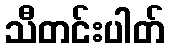
သီတင်းပါတ်